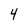
Character: 4